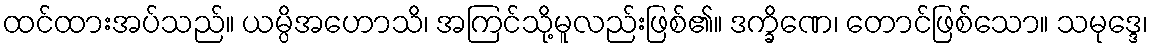
ထင်ထားအပ်သည်။ ယမ္ပိအဟောသိ၊ အကြင်သို့မူလည်းဖြစ်၏။ ဒက္ခိဏေ၊ တောင်ဖြစ်သော။ သမုဒ္ဒေ၊